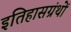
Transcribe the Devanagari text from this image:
इतिहासग्रंथों